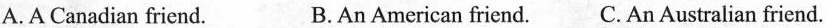
A.A Canadian friend. B.An American friend.C. An Australian friend.